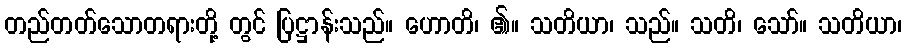
တည်တတ်သောတရားတို့ တွင် ပြဋ္ဌာန်းသည်။ ဟောတိ၊ ၏။ သတိယာ၊ သည်။ သတိ၊ သော်။ သတိယာ၊